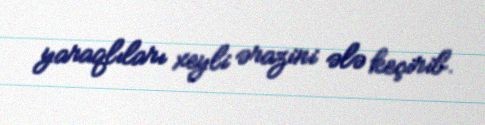
yaraqlıları xeyli ərazini ələ keçirib.